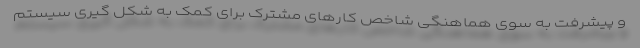
و پیشرفت به سوی هماهنگی شاخص‌ کارهای مشترک برای کمک به شکل گیری سیستم